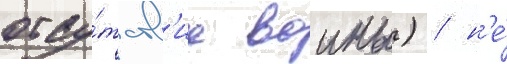
отсу́тств'ие воины) / н'е́